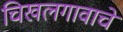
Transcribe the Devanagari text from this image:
चिखलगावाचे